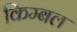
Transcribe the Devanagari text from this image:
किम्बल